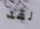
لقد